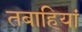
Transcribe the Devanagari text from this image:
तबाहियां